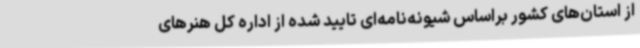
از استان‌های کشور براساس شیونه‌نامه‌ای تایید شده از اداره‌ کل هنرهای